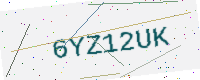
Text: 6YZ12UK